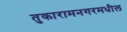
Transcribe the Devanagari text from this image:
तुकारामनगरमधील